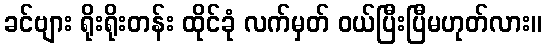
ခင်ဗျား ရိုးရိုးတန်း ထိုင်ခုံ လက်မှတ် ဝယ်ပြီးပြီမဟုတ်လား။